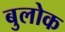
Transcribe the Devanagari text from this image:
बुलोक